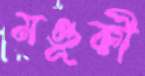
মণ্ডূকী